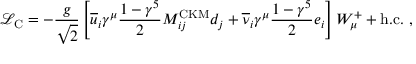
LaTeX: { \mathcal { L } } _ { \mathrm { C } } = - { \frac { g } { \sqrt { 2 } } } \left[ { \overline { { u } } } _ { i } \gamma ^ { \mu } { \frac { 1 - \gamma ^ { 5 } } { 2 } } M _ { i j } ^ { \mathrm { C K M } } d _ { j } + { \overline { { \nu } } } _ { i } \gamma ^ { \mu } { \frac { 1 - \gamma ^ { 5 } } { 2 } } e _ { i } \right] W _ { \mu } ^ { + } + { \mathrm { h . c . } } ~ ,